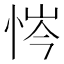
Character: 𢙿